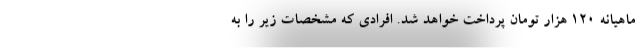
ماهیانه ۱۲۰ هزار تومان پرداخت خواهد شد. افرادی که مشخصات زیر را به